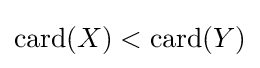
\operatorname {card} (X)<\operatorname {card} (Y)